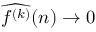
{ \widehat { f ^ { ( k ) } } } ( n ) \to 0